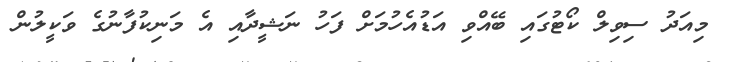
މިއަދު ސިވިލް ކޯޓުގައި ބޭއްވި އަޑުއެހުމަށް ފަހު ނަޝީދާއި އެ މަނިކުފާނުގެ ވަކީލުން